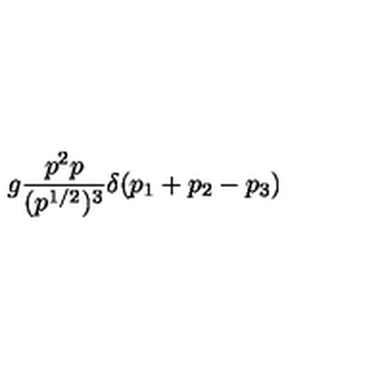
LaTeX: g \frac { p ^ { 2 } p } { ( p ^ { 1 / 2 } ) ^ { 3 } } \delta ( p _ { 1 } + p _ { 2 } - p _ { 3 } )